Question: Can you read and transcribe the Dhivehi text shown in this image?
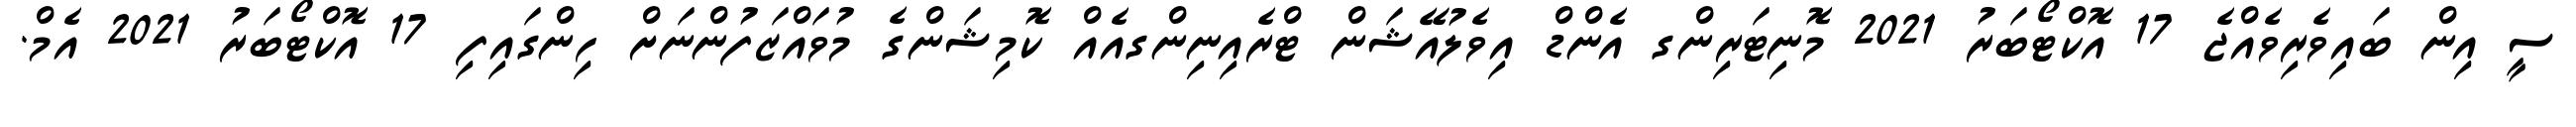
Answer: ސީ އިން ބައިވެރިވެއްޖެ 17 އޮކްޓޯބަރު 2021 މޮނިޓަރިންގ އެންޑް އިވެލުއޭޝަން ޓްރެއިނިންގއެއް ކޮމިޝަންގެ މުވައްޒަފުންނަށް ހިންގައިފި 17 އޮކްޓޯބަރު 2021 އެމް.